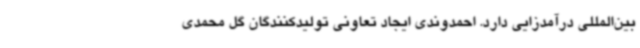
بین‌المللی درآمدزایی دارد. احمدوندی ایجاد تعاونی تولیدکنندگان گل محمدی